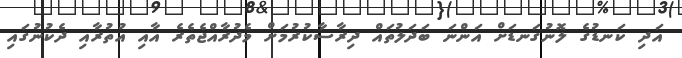
އަދި ކަނޑުގެ ލޮނުގަނޑަށް އަންނަ ބަދަލުތައް ދިރާސާކުރުމަށް މެދުރާއްޖެތެރެ އާއި އުތުރާއި ދެކުނުގައި